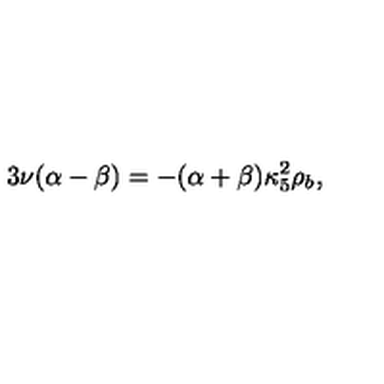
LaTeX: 3 \nu ( \alpha - \beta ) = - ( \alpha + \beta ) \kappa _ { 5 } ^ { 2 } \rho _ { b } ,